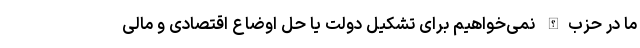
ما در حزب‌الله نمی‌خواهیم برای تشکیل دولت یا حل اوضاع اقتصادی و مالی